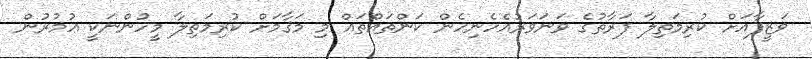
ވަޒީފާއަށް ކުރިމަތިލާ ފަރާތުގެ ވަނަވަރުއެހެނިހެން ކަންތައްތައް މި މަޤާމަށް ކުރިމަތިލާ މީހުންނަކީ ޢުމުރުން